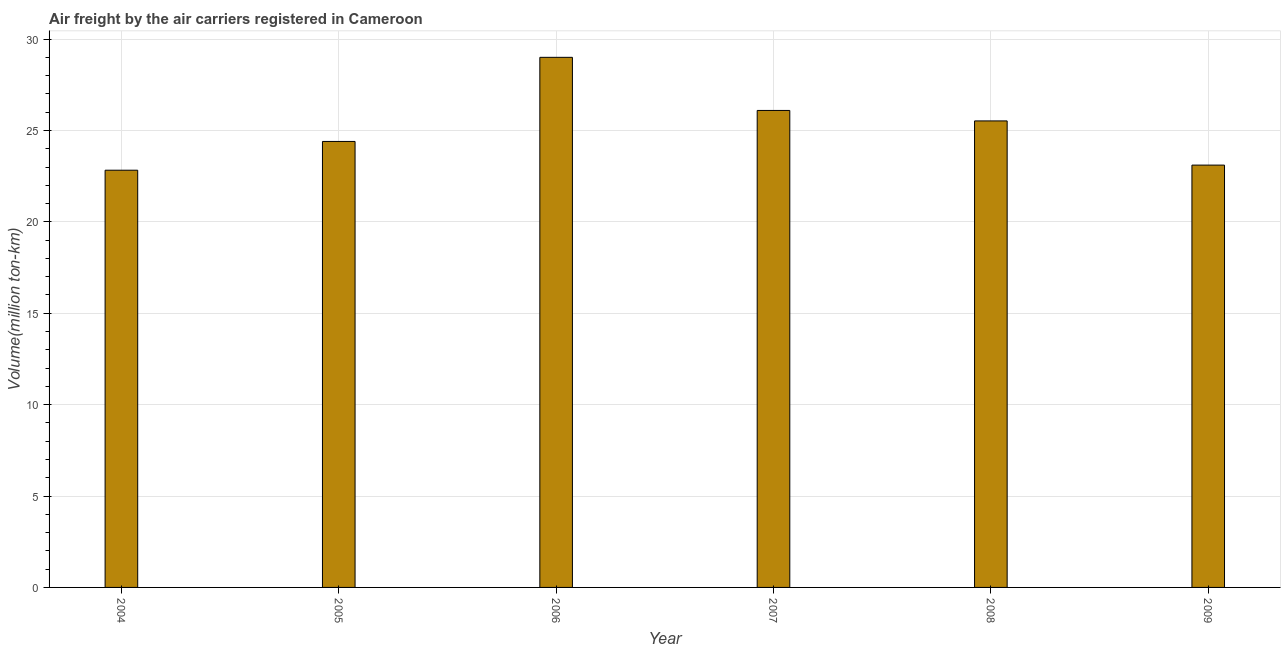
| Year | Air transport |
 | --- | --- |
 | 2004 | 22.8 |
 | 2005 | 24.4 |
 | 2006 | 29 |
 | 2007 | 26.1 |
 | 2008 | 25.5 |
 | 2009 | 23.1 |